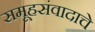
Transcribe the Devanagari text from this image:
समूहसंवादाचे